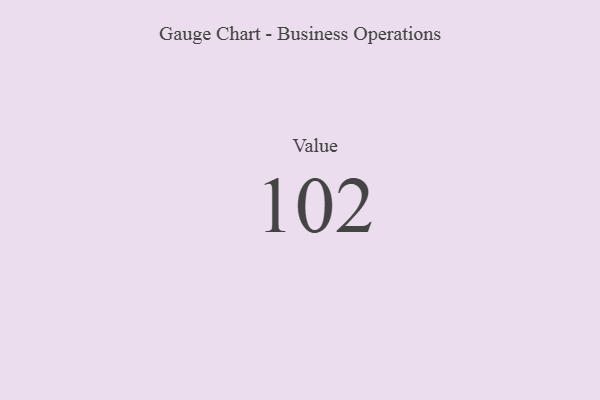
{"axis": {"x": "Metric", "y": "Value"}, "legend": [""], "data": [{"x": "Value", "y": 102, "type": ""}]}